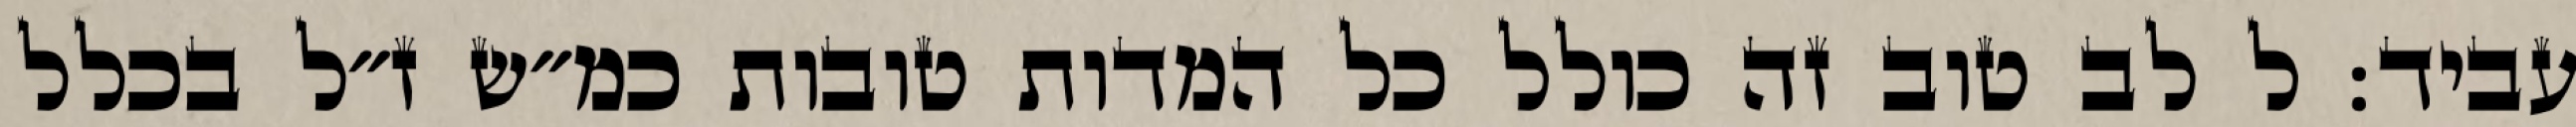
עביד: ל לב טוב זה כולל כל המדות טובות כמ״ש ז״ל בכלל